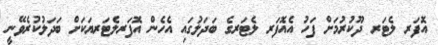
އޮފަރ ލެޓަރ ދޫކުރުމަށް ފަހު އެއޮފަރ ލެޓަރގެ ބަދަލުގައި އެހެން އޮފަރލެޓަރޔަކަށް ބަދަލުކުރެވޭނީ